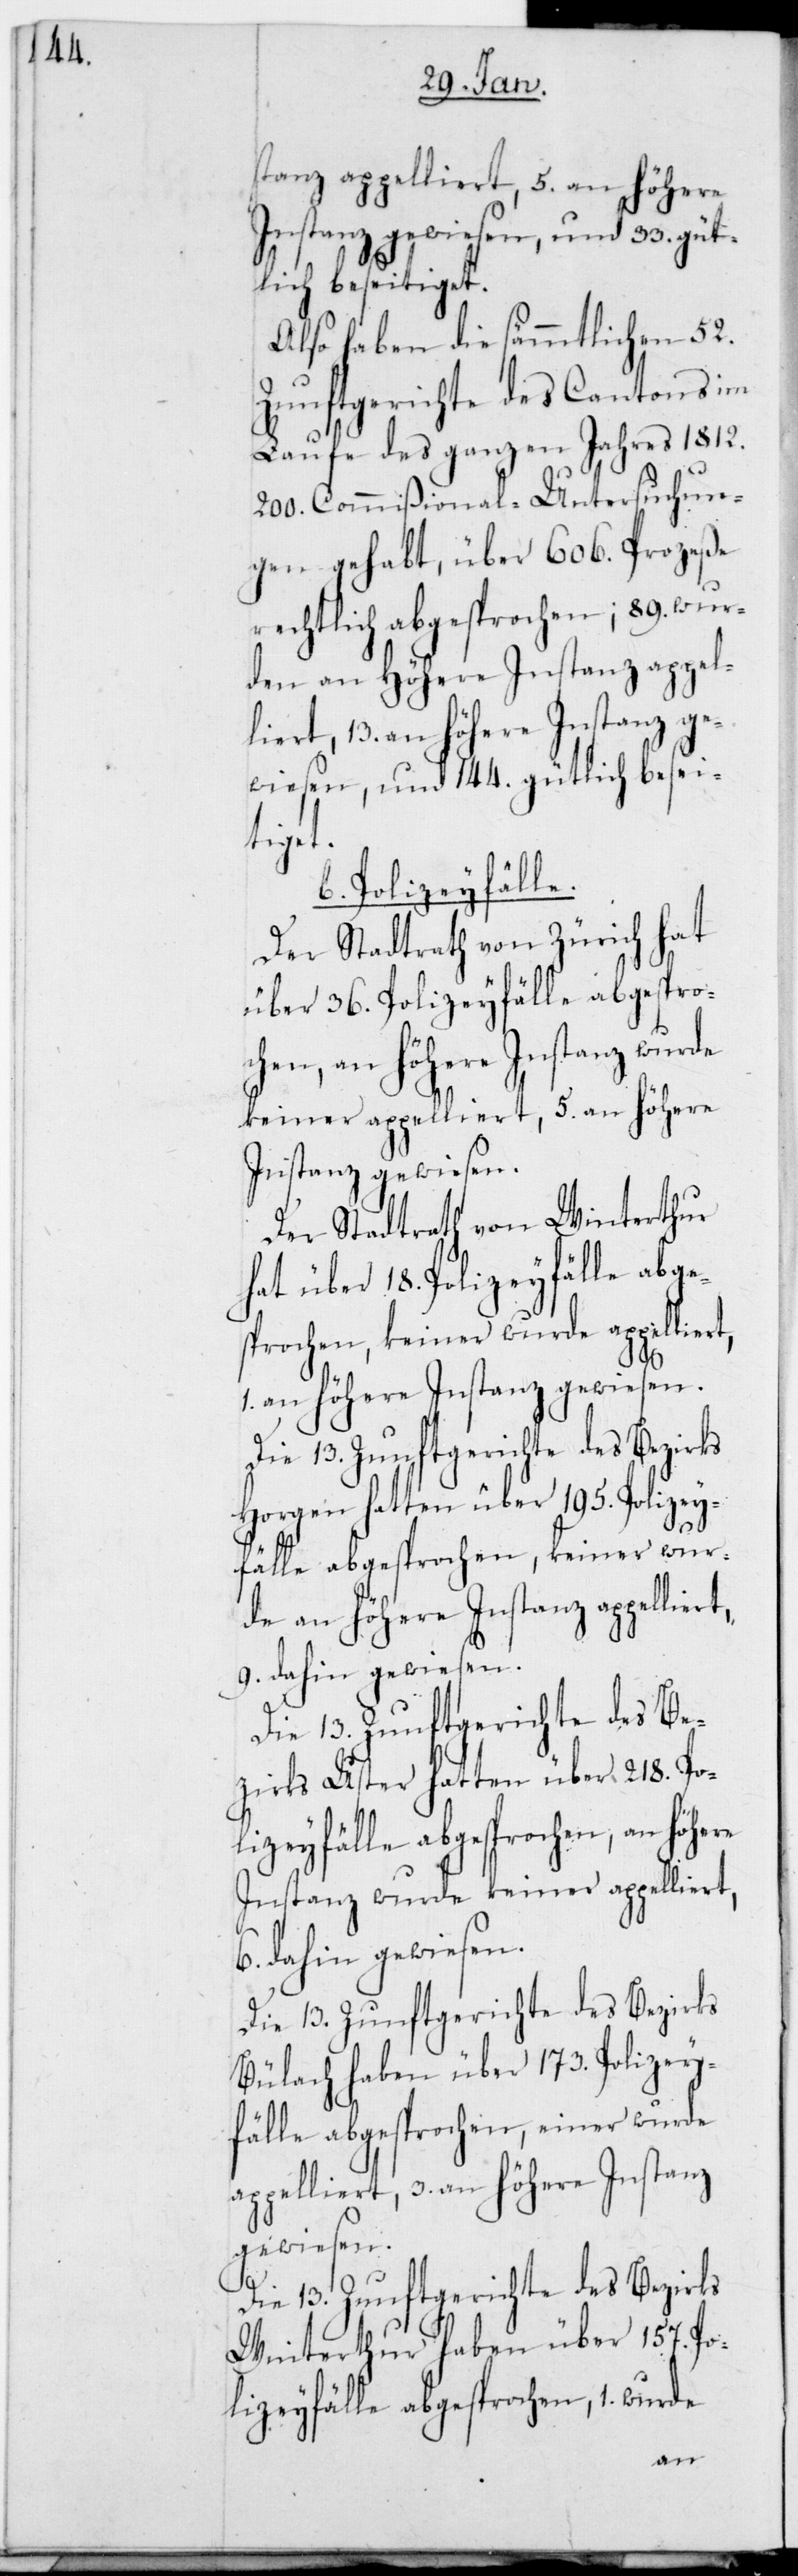
stanz appelliert, 5. an höhere
Instanz gewiesen und 33. güt¬
lich beseitiget.
Also haben die sämmtlichen 52.
Zunftgerichte des Cantons im
Laufe des ganzen Jahres 1812.
200. Commißional-Untersuchun¬
gen gehabt, über 606. Prozeße
rechtlich abgesprochen; 89. wur¬
de an höhere Instanz appel¬
liert, 13. an höhere Instanz ge¬
wiesen und 144. gütlich besei¬
liert,
b. Polizeyfälle.
Der Stadtrath von Zürich hat
über 36. Polizeyfälle abgespro¬
chen, an höhere Instanz wurde
keiner appelliert, 5. an höhere
Instanz gewiesen.
Der Stadtrath von Winterthur
hat über 18. Polizeyfälle abge¬
sprochen, keiner wurde appelliert,
1. an höhere Instanz gewiesen.
Die 13. Zunftgerichte des Bezirks
Horgen hatten über 195. Polizey¬
fälle abgesprochen, keiner wur¬
9. dahin gewiesen.
Die 13. Zunftgerichte des Be¬
zirks Uster hatten über 218 Po¬
lizeyfälle abgesprochen, an höhere
Instanz wurde keiner appelliert,
6. dahin gewiesen.
Die 13. Zunftgerichte des Bezirks
Bülach haben über 173. Polizey¬
fälle abgesprochen, einer wurde
appelliert, 3. an höhere Instanz
gewiesen.
Die 13. Zunftgerichte des Bezirks
Winterthur haben über 157. Po¬
lizeyfälle abgesprochen, 1. wurde